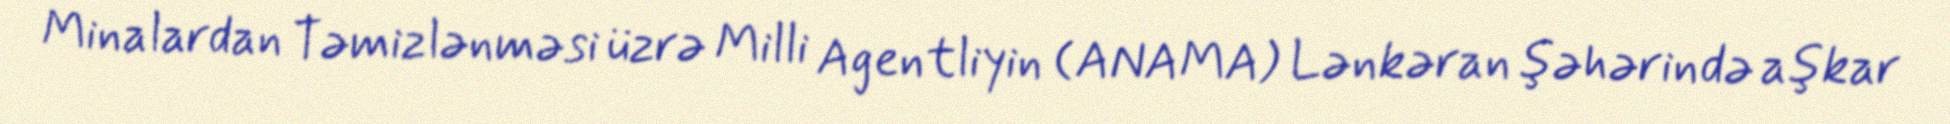
Minalardan Təmizlənməsi üzrə Milli Agentliyin (ANAMA) Lənkəran şəhərində aşkar